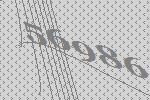
56986